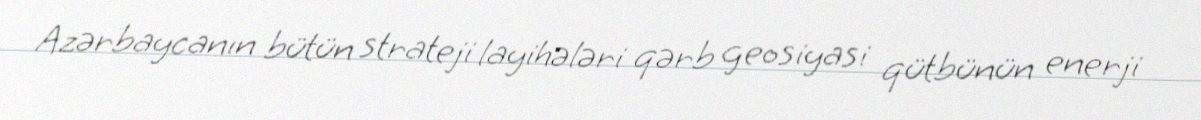
Azərbaycanın bütün strateji layihələri qərb geosiyasi qütbünün enerji